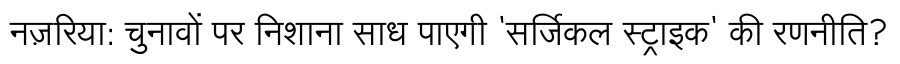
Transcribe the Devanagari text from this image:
नज़रिया: चुनावों पर निशाना साध पाएगी 'सर्जिकल स्ट्राइक' की रणनीति?